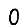
Digit: 0